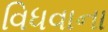
વિધવાના